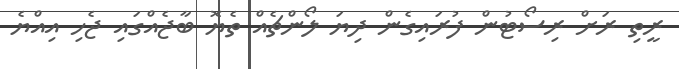
ރީތި ރަށް ރިސޯޓުން ފުރައިގެން ދިޔަ ލޯންޗެއް ތެޔޮ ބާޖެއްގައި ޖެހި އިއްޔެ